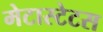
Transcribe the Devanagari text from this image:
मेटास्टेटस